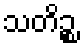
သတိဉ္စ